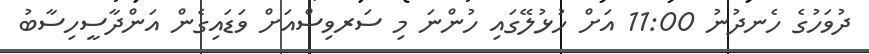
ދުވަހުގެ ހެނދުނު 11:00 އަށް ހުޅުލޭގައި ހުންނަ މި ސަރވިސްއަށް ވަޑައިގެން އަންދާސީހިސާބު